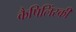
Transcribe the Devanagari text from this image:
कैपिलिंस्की